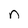
Character: n